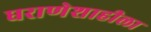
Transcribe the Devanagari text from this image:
घराणेशाहीला